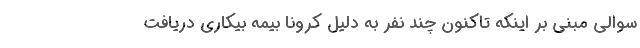
سوالی مبنی بر اینکه تاکنون چند نفر به دلیل کرونا بیمه بیکاری دریافت